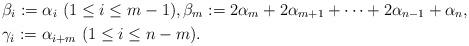
LaTeX: \begin{align*}&\beta_i:=\alpha_i\ (1\leq i\leq m-1), \beta_m:=2\alpha_m+2\alpha_{m+1}+\cdots+2\alpha_{n-1}+\alpha_n,\\&\gamma_i:=\alpha_{i+m}\ (1\leq i\leq n-m).\end{align*}